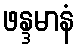
ဖန္ဒမာနံ